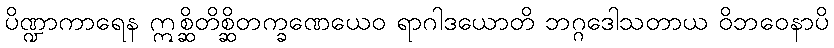
ပိဏ္ဍာကာရေန ဣစ္ဆိတိစ္ဆိတက္ခဏေယေဝ ရာဂါဒယောတိ ဘဂ္ဂဒေါသတာယ ဝိဘဝေနာပိ